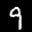
Digit: 9